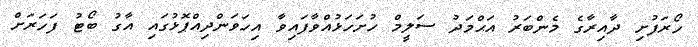
ހޯރަފުށި ދާއިރާގެ މެންބަރު އަޙްމަދު ސަލީމް ހުށަހަޅުއްވާފައިވާ އިހަވަންދިއްޕޮޅުގައި އާގު ބޯޓު ފަހަރަށް